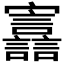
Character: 𫴪